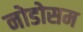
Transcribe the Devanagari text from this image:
नोडोसम